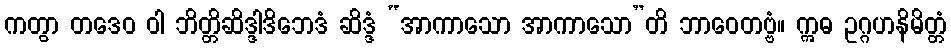
ကတွာ တဒေဝ ဝါ ဘိတ္တိဆိဒ္ဒါဒိဘေဒံ ဆိဒ္ဒံ “အာကာသော အာကာသော”တိ ဘာဝေတဗ္ဗံ။ ဣဓ ဥဂ္ဂဟနိမိတ္တံ